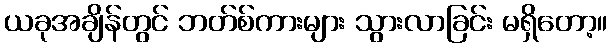
ယခုအချိန်တွင် ဘတ်စ်ကားများ သွားလာခြင်း မရှိတော့။